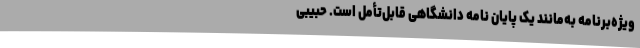
ویژه‌برنامه به‌مانند یک پایان نامه دانشگاهی قابل‌تأمل است. حبیبی